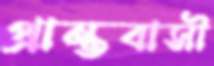
প্রান্তবাসী